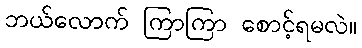
ဘယ်လောက် ကြာကြာ စောင့်ရမလဲ။